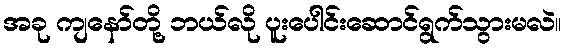
အခု ကျနော်တို့ ဘယ်လို ပူးပေါင်းဆောင်ရွက်သွားမလဲ။